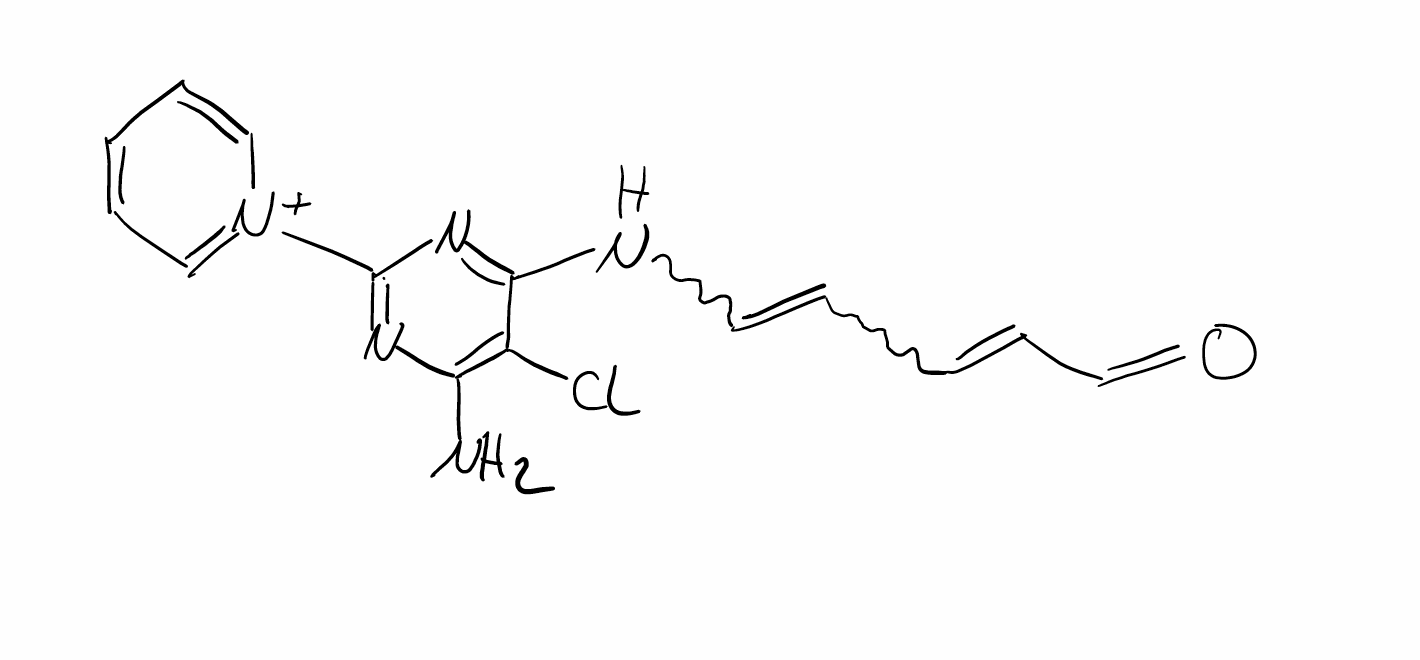
Simplified molecular-input line-entry system (SMILES) notation of the given molecule:
C1=CC=[N+](C=C1)C2=NC(=C(C(=N2)NC=CC=CC=O)Cl)N